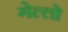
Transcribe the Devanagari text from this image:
गेल्‍लो